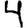
Digit: 4